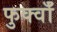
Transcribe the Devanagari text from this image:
फुर्क्वाँ